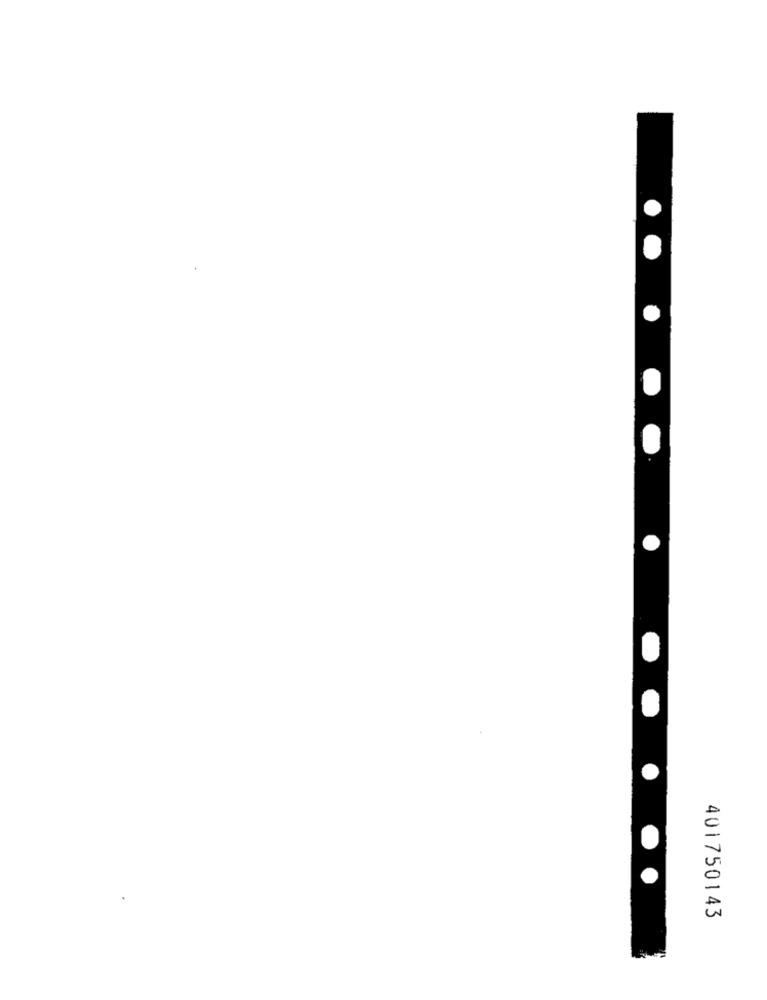
401750143